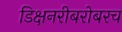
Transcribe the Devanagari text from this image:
डिक्षनरीबरोबरच